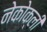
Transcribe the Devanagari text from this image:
नेकोक्ली